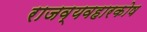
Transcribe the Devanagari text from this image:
राजव्यवहारकोष